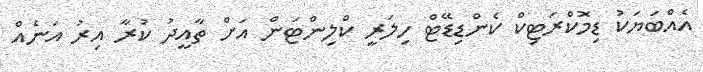
އެއްބަޔަކު ޑިމޮކްރަޓިކް ކެންޑިޑޭޓް ހިލަރީ ކްލިންޓަން އަށް ތާއީދު ކުރާ އިރު އަނެއް